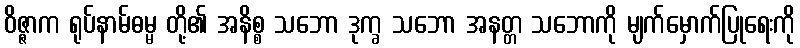
ဝိဇ္ဇာက ရုပ်နာမ်ဓမ္မ တို့၏ အနိစ္စ သဘော ဒုက္ခ သဘော အနတ္တ သဘောကို မျက်မှောက်ပြုရေးကို